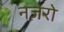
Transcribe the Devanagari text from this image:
नज़रो